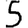
Digit: 5